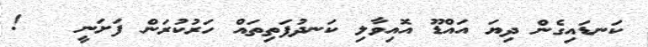
ކަނޑައިގެން ދިޔަ އައްޑޫ އޮއިވާލި ކަނދުފަތިތައް ހަރުކުރަން ފަށަނީ   !